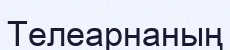
Телеарнаның